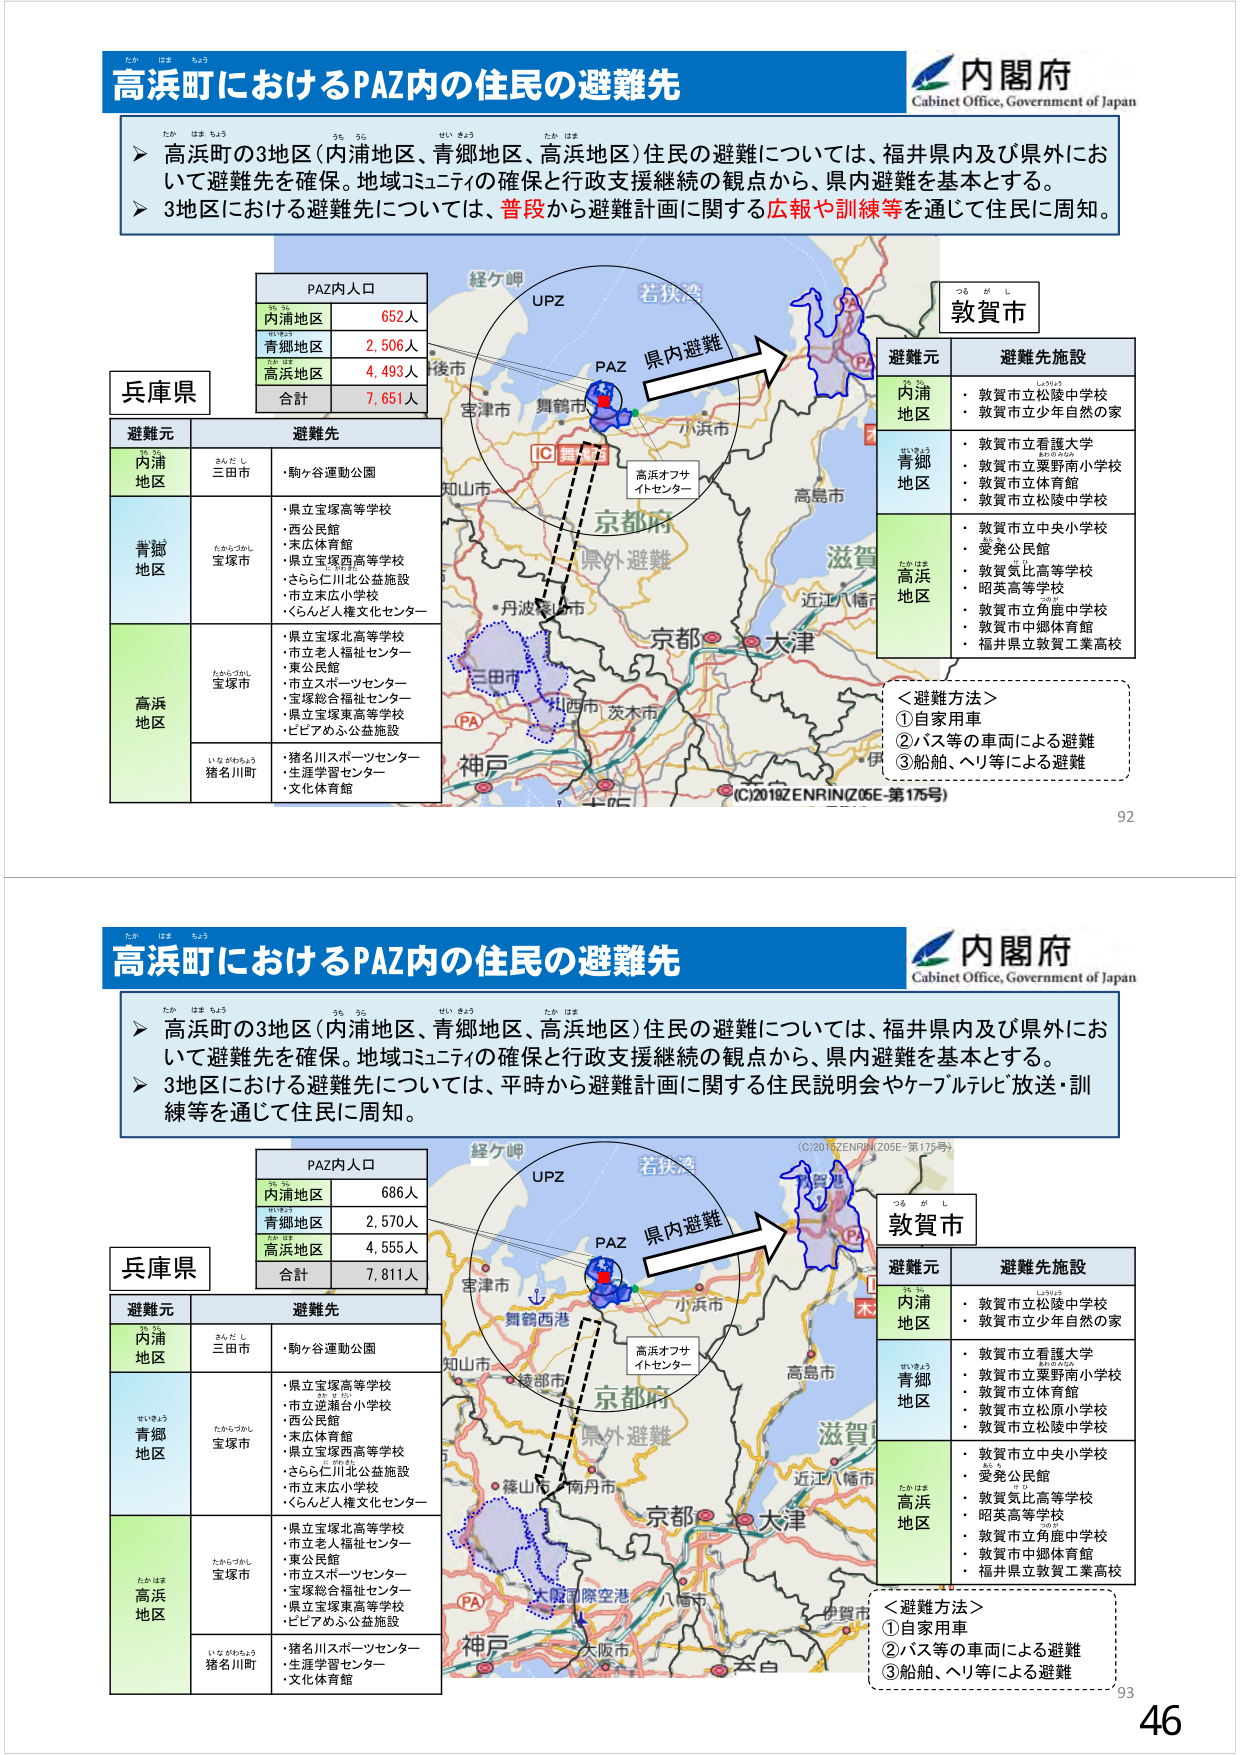
高浜町におけるPAZ内の住民の避難先
内閣府
Cabinet Office, Government of Japan
高浜町の3地区（内浦地区、青郷地区、高浜地区）住民の避難については、福井県内及び県外において避難先を確保。地域コミュニティの確保と行政支援継続の観点から、県内避難を基本とする。
3地区における避難先については、普段から避難計画に関する広報や訓練等を通じて住民に周知。
PAZ内人口
内浦地区 652人
青郷地区 2,506人
高浜地区 4,493人
合計 7,651人
兵庫県
避難元 避難先
内浦地区 三田市 ・駒ヶ谷運動公園
青郷地区 宝塚市 ・県立宝塚高等学校
・西公民館
・末広体育館
・県立宝塚西高等学校
・さらら仁川北公益施設
・市立末広小学校
・くらんど人権文化センター
高浜地区 宝塚市 ・県立宝塚北高等学校
・市立老人福祉センター
・東公民館
・市立スポーツセンター
・宝塚総合福祉センター
・県立宝塚東高等学校
・ピピアめふ公益施設
猪名川町 ・猪名川スポーツセンター
・生涯学習センター
・文化体育館
経ケ岬
UPZ
若狭湾
PAZ
県内避難
IC 舞鶴
高浜オフサイトセンター
京都府
県外避難
丹波篠山市
三田市
川西市 茨木市
神戸
PA
敦賀市
避難元 避難先施設
内浦地区 ・敦賀市立松陵中学校
・敦賀市立少年自然の家
青郷地区 ・敦賀市立看護大学
・敦賀市立粟野南小学校
・敦賀市立体育館
・敦賀市立松陵中学校
高浜地区 ・敦賀市立中央小学校
・愛発公民館
・敦賀気比高等学校
・昭英高等学校
・敦賀市立角鹿中学校
・敦賀市中郷体育館
・福井県立敦賀工業高校
＜避難方法＞
①自家用車
②バス等の車両による避難
③船舶、ヘリ等による避難
(C)2018ZENRIN(Z05E-第175号)
92
高浜町におけるPAZ内の住民の避難先
内閣府
Cabinet Office, Government of Japan
高浜町の3地区（内浦地区、青郷地区、高浜地区）住民の避難については、福井県内及び県外において避難先を確保。地域コミュニティの確保と行政支援継続の観点から、県内避難を基本とする。
3地区における避難先については、平時から避難計画に関する住民説明会やケーブルテレビ放送・訓練等を通じて住民に周知。
PAZ内人口
内浦地区 686人
青郷地区 2,570人
高浜地区 4,555人
合計 7,811人
兵庫県
避難元 避難先
内浦地区 三田市 ・駒ヶ谷運動公園
青郷地区 宝塚市 ・県立宝塚高等学校
・市立逆瀬台小学校
・西公民館
・末広体育館
・県立宝塚西高等学校
・さらら仁川北公益施設
・市立末広小学校
・くらんど人権文化センター
高浜地区 宝塚市 ・県立宝塚北高等学校
・市立老人福祉センター
・東公民館
・市立スポーツセンター
・宝塚総合福祉センター
・県立宝塚東高等学校
・ピピアめふ公益施設
猪名川町 ・猪名川スポーツセンター
・生涯学習センター
・文化体育館
経ケ岬
UPZ
若狭湾
PAZ
県内避難
舞鶴西港
高浜オフサイトセンター
京都府
県外避難
知山市
綾部市
篠山市 南丹市
大阪国際空港
八幡市
神戸
PA
大阪市
茨木
敦賀市
避難元 避難先施設
内浦地区 ・敦賀市立松陵中学校
・敦賀市立少年自然の家
青郷地区 ・敦賀市立看護大学
・敦賀市立粟野南小学校
・敦賀市立体育館
・敦賀市立松原小学校
・敦賀市立松陵中学校
高浜地区 ・敦賀市立中央小学校
・愛発公民館
・敦賀気比高等学校
・昭英高等学校
・敦賀市立角鹿中学校
・敦賀市中郷体育館
・福井県立敦賀工業高校
＜避難方法＞
①自家用車
②バス等の車両による避難
③船舶、ヘリ等による避難
(C)2018ZENRIN(Z05E-第175号)
93
46